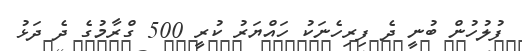
ފުލުހުން ބުނީ ދެ ފިރިހެނަކު ހައްޔަރު ކުރީ 500 ގްރާމުގެ ދެ ދަޅު